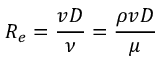
R _ { e } = { \frac { v D } { \nu } } = { \frac { \rho v D } { \mu } }